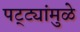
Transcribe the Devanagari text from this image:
पट्ट्यांमुळे